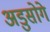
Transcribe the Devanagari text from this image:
अडुसोगे